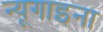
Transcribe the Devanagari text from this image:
न्यूगाइना